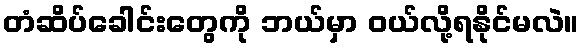
တံဆိပ်ခေါင်းတွေကို ဘယ်မှာ ဝယ်လို့ရနိုင်မလဲ။